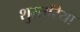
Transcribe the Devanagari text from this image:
शुस्तरिया